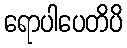
ရောပါပေတိပိ